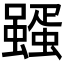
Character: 𮕊